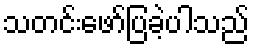
သတင်းဖော်ပြခဲ့ပါသည်